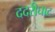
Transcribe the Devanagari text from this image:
ददरीघाट